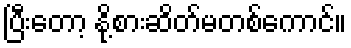
ပြီးတော့ နို့စားဆိတ်မတစ်ကောင်။